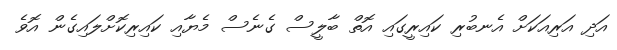
އަދި އަރިއަކަށް އެނބުރި ކައިރީގައި އޮތް ބާލީސް ގެނެސް މެޔާއި ކައިރިކޮށްލައިގެން އޮވެ